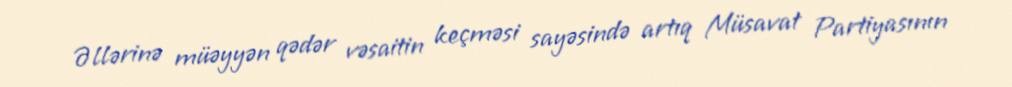
Əllərinə müəyyən qədər vəsaitin keçməsi sayəsində artıq Müsavat Partiyasının